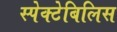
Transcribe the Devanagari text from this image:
स्पेक्टेबिलिस